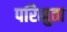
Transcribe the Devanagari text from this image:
परिस्रुता